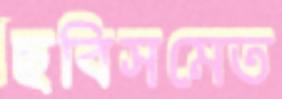
ছবিসমেত